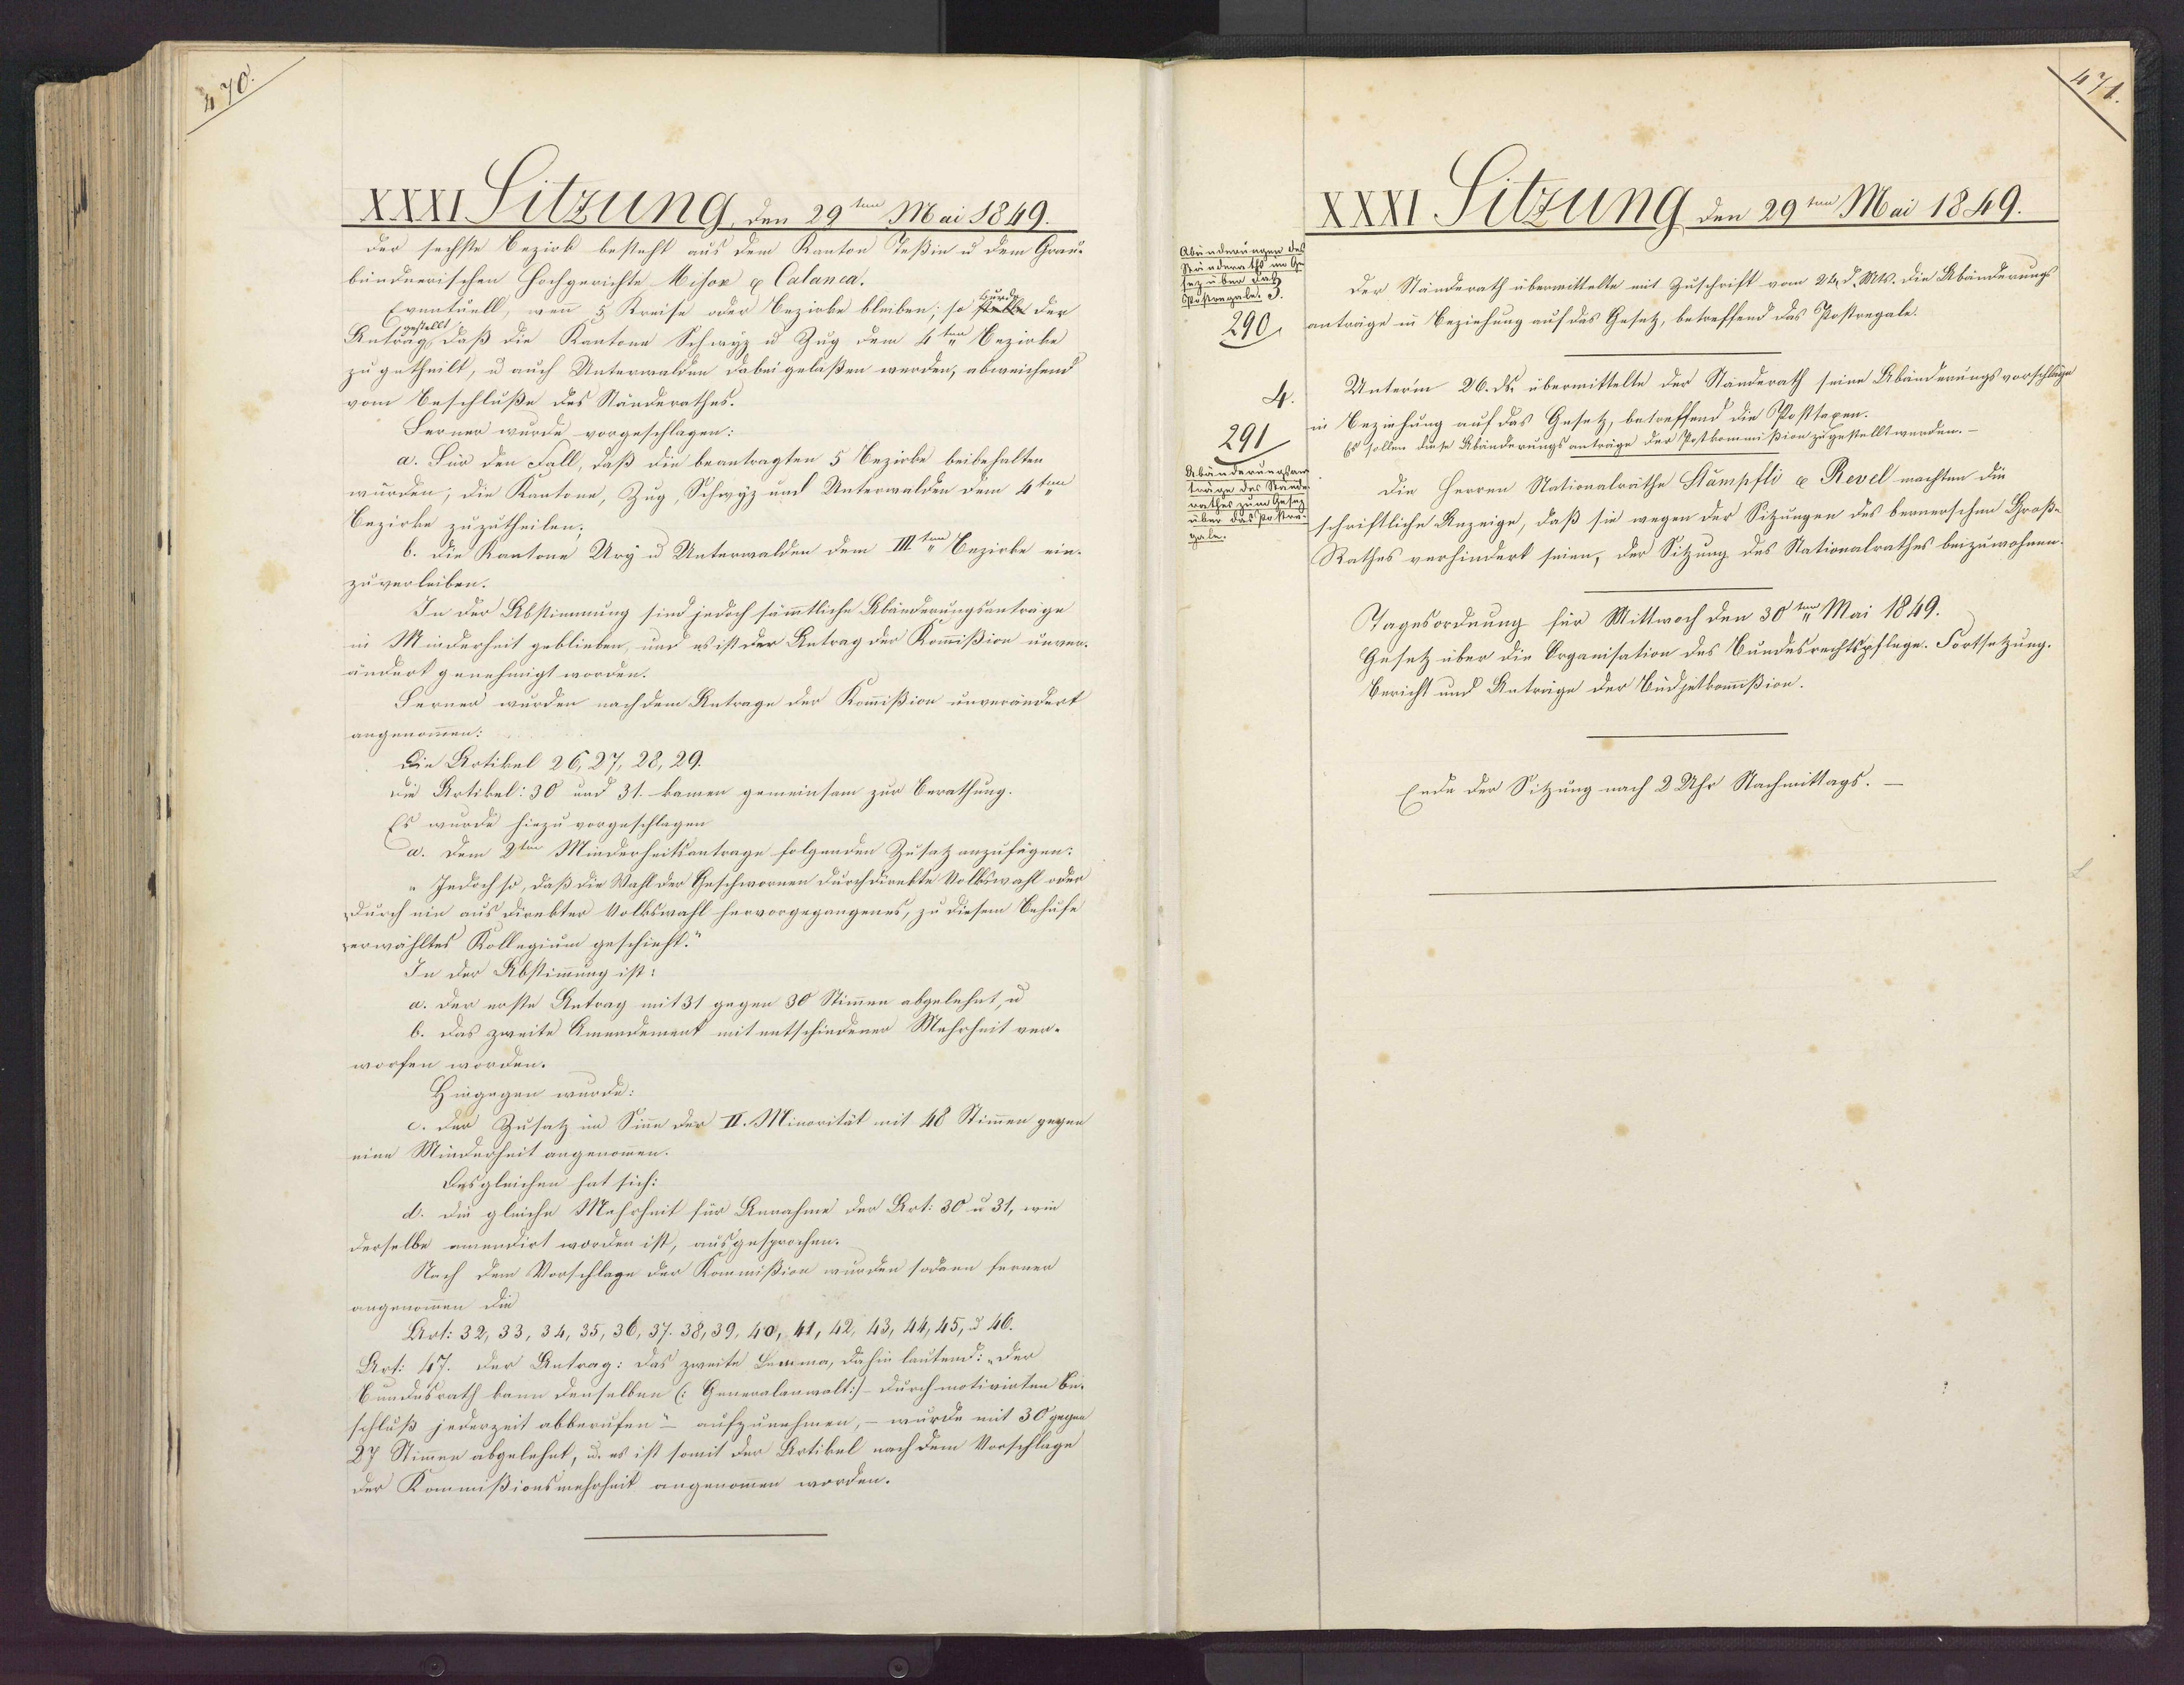
XXXI Silzung, den 29ten Mai 1849.
der sechste Bezirk besteht aus dem Kanton Keßin u dem Grau-
bündnerischen Hochgerichte Misor & Calanca.
Eventuell, wenn & Kreise oder Bezirke bleiben; so e der
gestellt
Antrag, daß die Kantone Schwyz u Zug dem 4ten Bezirke
zu getheilt, u auch Unterwalden dabei gelaßen werden, abweichend
vom Beschluße des Ständerathes.
Fernen wurde vorgeschlagen:
a. Für den Fall, daß die beantragten 5 Bezirke beibehalten.
wurden; die Kantone, Zug, Schwyz und Unterwalden dem 4ten
Bezirke zuzutheilen;
b. Die Kantone Ury u Unterwalden dem IIIten Bezirke ein¬
zu verleiben.
In der Abstimmung sind jedoch sämmtliche Abänderungsanträge
in Minderheit geblieben, und es ist der Antrag der Kommißion unver¬
ändert genehmigt worden.
Fernen wurden nach dem Antrage der Kommißion unverändert
angenommen:
Die Artikel 26,27, 28,29.
uie Artikel: 30 und 31. kamen gemeinsam zur Berathung.
Es wurde hiezu vorgeschlagen.
u. Dem 2ten Minderheitsantrage folgenden Zusatz anzufügen:
Jedoch so, daß die Wahl der Geschwornen durchdienkte Volkswahl oder
Durch ein aus direkter Volkswahl hervorgegangenes, zu diesem Behufe
verwähltes Kollegium geschieht.
In der Abstimmung ist:
a. der erste Antrag mit 31 gegen 30 Stimmen abgelehnt, u.
b. Das zweite Amendement mit entschiedener Mehrheit ver¬
worfen worden.
Hingegen wurde:
c. der Zusatz im Sin̄e der II. Minorität mit 48 Stimmen gegen
eine Minderheit angenommen.
Desgleichen hat sich:
d. die gleiche Mehrheit für Annahme der Art. 30 u 31, wie
derselbe amendirt worden ist, ausgesprochen.
Nach dem Vorschlage der Kommißion wurden sodann fernen
angenommen die
Art. 32, 33, 34, 35, 36, 37. 38,39, 40, 41, 42, 43, 44,45, d 46.
Art: 47. Der Antrag: Das zweite Lemma, dahin lautend: „Der
Bundusrath kann denselben (Genenalanwalt] Durch motivirten be-
schluß jederzeit abberufen- aufzunehmen, – wurde mit 30 gegen
27 Stimmen abgelehnt, u. es ist somit der Artikel nach dem Vorschlage
der Kommißionsmehrheit angenommen worden.

Abrinderun
Söstregale.
290
291.
n

XXXI Selzung den 29ten Mai 1849.
Der Ständerath überwittelte mit Zuschrift vom 24, d. Mts. die Abänderung
anträge in Beziehung auf das Gesetz, betreffend das Postregale.
Unterm 26. ds. übermittelte der Standerath seine Abänderungsvorschläge
in Beziehung auf das Gesetz, betreffend die Posttaxen.
Es sollen diese Abänderungsanträge der Postkommißion zugestellt werden.-
Die Herren Nationalräthe Stampfli & Revel machten die
schriftliche Anzeige, daß sie wegen der Sitzungen des beauerschen Groß-
Rathes verhindert seien, der Sitzung des Stationalrathes beizuwohnen;
Tagesordnung für Mittwoch den 30ten Mai 1849.
Gesetz über die Organisation des Bundesrechtspflege. Fortsetzung.
Bericht und Anträge der Budjetkomßion.
Ende der Sitzung nach 2 Uhr Nachmittags.